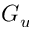
G _ { u }